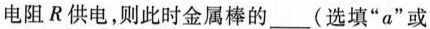
电阻R供电，则此时金属棒的___(选填“a”或